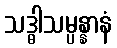
သဒ္ဓါသမ္ပန္နာနံ